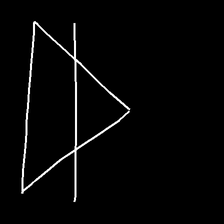
Glyph: empower